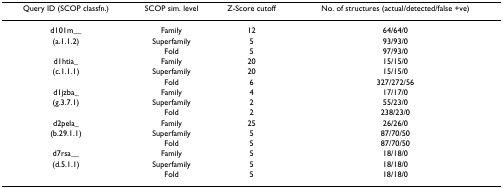
<table><thead><tr><td><b>Query ID (SCOP classfn.)</b></td><td><b>SCOP sim. level</b></td><td><b>Z-Score cutoff</b></td><td><b>No. of structures (actual/detected/false +ve)</b></td></tr></thead><tbody><tr><td>d101m__</td><td>Family</td><td>12</td><td>64/64/0</td></tr><tr><td>(a.1.1.2)</td><td>Superfamily</td><td>5</td><td>93/93/0</td></tr><tr><td></td><td>Fold</td><td>5</td><td>97/93/0</td></tr><tr><td>d1htia_</td><td>Family</td><td>20</td><td>15/15/0</td></tr><tr><td>(c.1.1.1)</td><td>Superfamily</td><td>20</td><td>15/15/0</td></tr><tr><td></td><td>Fold</td><td>6</td><td>327/272/56</td></tr><tr><td>d1jzba_</td><td>Family</td><td>4</td><td>17/17/0</td></tr><tr><td>(g.3.7.1)</td><td>Superfamily</td><td>2</td><td>55/23/0</td></tr><tr><td></td><td>Fold</td><td>2</td><td>238/23/0</td></tr><tr><td>d2pela_</td><td>Family</td><td>25</td><td>26/26/0</td></tr><tr><td>(b.29.1.1)</td><td>Superfamily</td><td>5</td><td>87/70/50</td></tr><tr><td></td><td>Fold</td><td>5</td><td>87/70/50</td></tr><tr><td>d7rsa__</td><td>Family</td><td>5</td><td>18/18/0</td></tr><tr><td>(d.5.1.1)</td><td>Superfamily</td><td>5</td><td>18/18/0</td></tr><tr><td></td><td>Fold</td><td>5</td><td>18/18/0</td></tr></tbody></table>